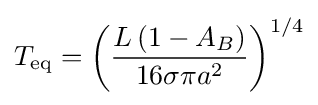
{T}_{\rm {eq}}={\left({\frac {L\left(1-A_{B}\right)}{16\sigma \pi a^{2}}}\right)}^{1/4}